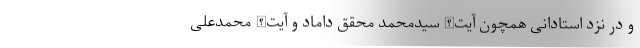
و در نزد استادانی همچون آیت‌الله سیدمحمد محقق داماد و آیت‌الله محمدعلی